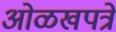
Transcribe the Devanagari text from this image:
ओळखपत्रे